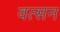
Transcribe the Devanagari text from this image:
वत्सन